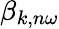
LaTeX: \beta_{k,n\omega}